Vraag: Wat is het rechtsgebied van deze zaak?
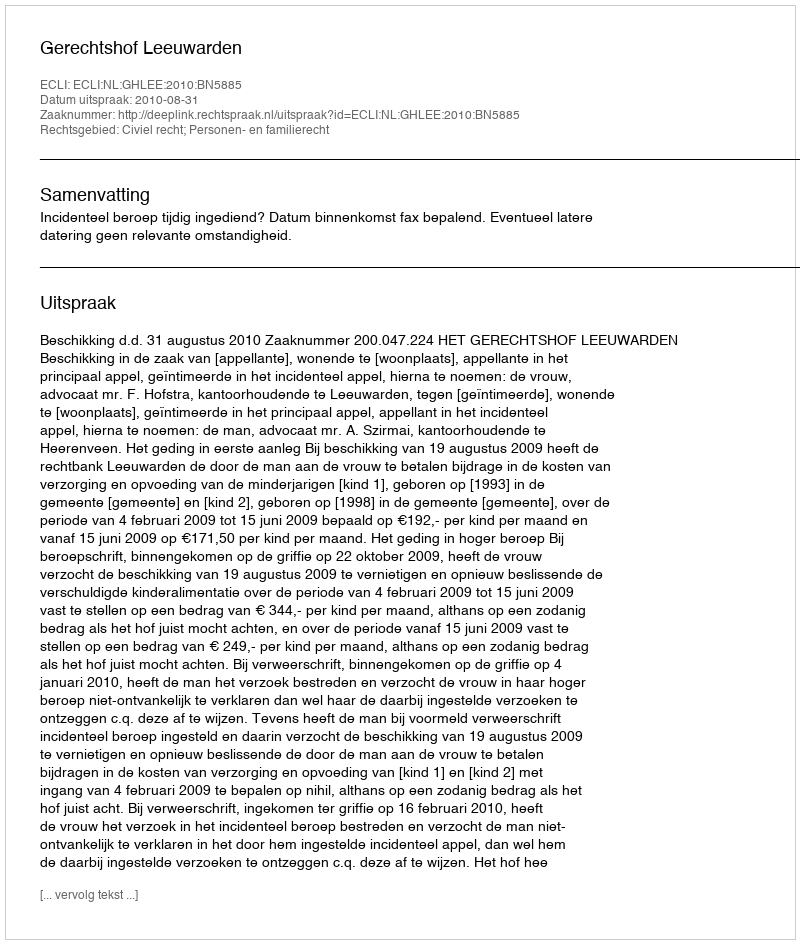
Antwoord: Civiel recht; Personen- en familierecht